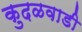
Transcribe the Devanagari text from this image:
कुदळवाडी